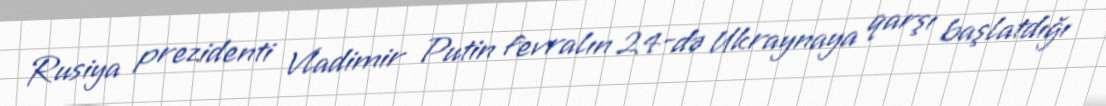
Rusiya prezidenti Vladimir Putin fevralın 24-də Ukraynaya qarşı başlatdığı